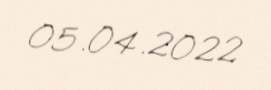
05.04.2022